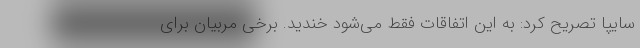
سایپا تصریح کرد: به این اتفاقات فقط می‌شود خندید. برخی مربیان برای